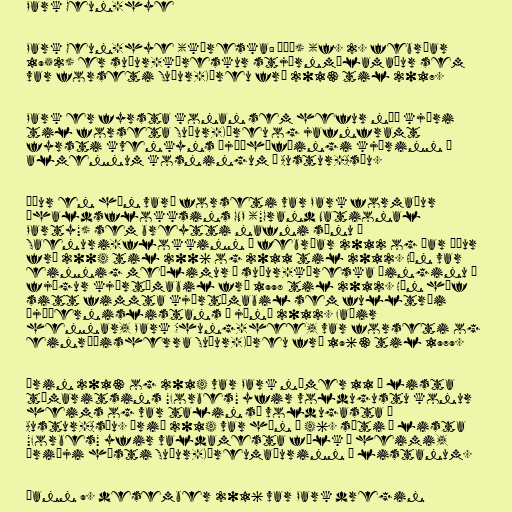
Park Geun-hye

Park Geun-hye (kóreska: 박근혜) (f. 2. febrúar
1952) er suður-kóreskur stjórnmálamaður sem
var forseti Suður-Kóreu frá 2013 til 2017.

Park er fyrsta konan sem hefur náð kjöri
til forseta Suður-Kóreu og jafnframt
fyrsti kvenkyns þjóðhöfðingi kjörinn í
almennum kosningum í Austur-Asíu.

Áður en hún varð forseti var Park formaður
íhaldsflokksins GNP ("Grand National
Party") sem breytti nafni sínu í
Saenuri-flokkinn í febrúar 2012 og þar áður
frá 2004 til 2006 og 2011 til 2012. Hún var
einnig meðlimur á suður-kóreska þinginu í
fjögur kjörtímabil frá 1998 til 2012. Hún hóf
sitt fimmta kjörtímabil sem fulltrúi
þjóðernislistans í júní 2012. Faðir
hennar, Park Chung-hee, var forseti og
einræðisherra Suður-Kóreu frá 1963 til 1979.

Árin 2013 og 2014 var Park númer 11 á lista
tímaritsins "Forbes" yfir voldugustu konur
heims og var talin sú voldugasta í
Austur-Asíu. Árið 2014 var hún í 46. sæti á lista
"Forbes" yfir valdamesta fólk í heimi,
þriðji hæsti Suður-Kóreumaðurinn á listanum.

Þann 9. desember 2016 var Park dregin